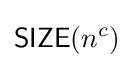
{\mathsf {SIZE}}(n^{c})